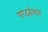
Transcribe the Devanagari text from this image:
पध्दतीव्दारे